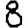
Digit: 8